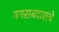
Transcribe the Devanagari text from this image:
मनसबदारांचे